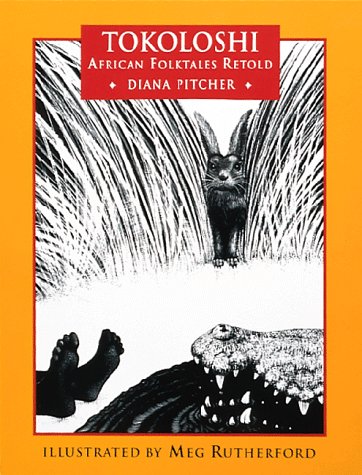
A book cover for Tokoloshi: African Folktales Retold; Diana Pitcher; Children's Books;